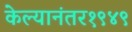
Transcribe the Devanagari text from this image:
केल्यानंतर१९४९